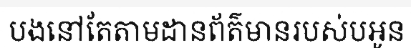
បងនៅតែតាមដានព័ត៌មានរបស់បអូន